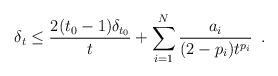
LaTeX: \begin{align*} \delta_{t} \leq \frac{2(t_{0}-1)\delta_{t_{0}}}{t}+\sum_{i=1}^{N}\frac{a_{i}}{(2-p_{i})t^{p_{i}}}\enspace. \end{align*}